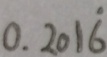
0 . 2 0 1 \dot { 6 }